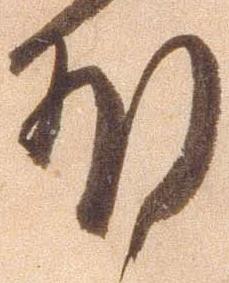
外